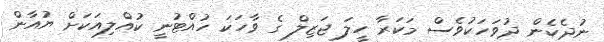
ނުދެކެން ދުވަހަކުވެސް މަކަރާ ހީލަ ޖަޒިލް ގެ ވާހަކަ ހުއްޓުނީ ކުއްލިއަކަށް ޔުއާން